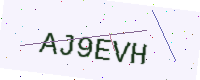
Text: AJ9EVH